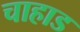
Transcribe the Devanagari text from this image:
चाहाड